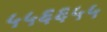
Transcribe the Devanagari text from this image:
५५६६५५